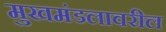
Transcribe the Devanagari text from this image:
मुखमंडलावरील